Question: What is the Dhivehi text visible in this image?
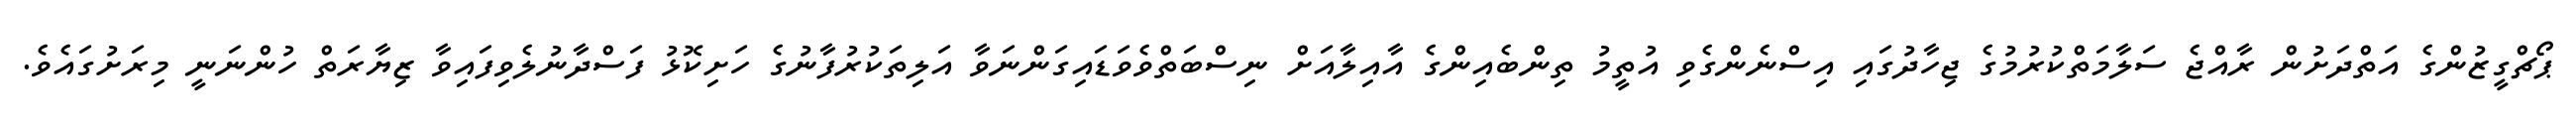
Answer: ޕޯޗްގީޒުންގެ އަތްދަށުން ރާއްޖެ ސަލާމަތްކުރުމުގެ ޖިހާދުގައި އިސްނެންގެވި އުތީމު ތިންބެއިންގެ އާއިލާއަށް ނިސްބަތްވެވަޑައިގަންނަވާ އަލިތަކުރުފާނުގެ ހަށިކޮޅު ފަސްދާނުލެވިފައިވާ ޒިޔާރަތް ހުންނަނީ މިރަށުގައެވެ.